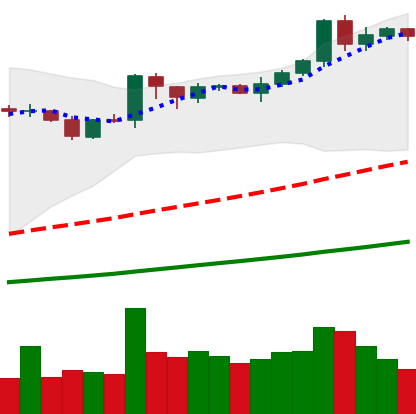
Ticker: BNB-USD
Chart end date: 2019-04-06
Forward return: -7.403%
Label: down_7plus